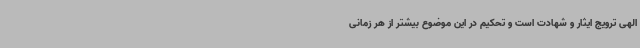
الهی ترویج ایثار و شهادت است و تحکیم در این موضوع بیشتر از هر زمانی